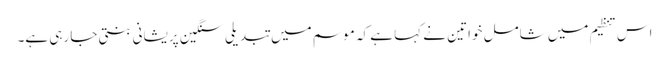
اس تنظیم میں شامل خواتین نے کہا ہے کہ موسم میں تبدیلی سنگین پریشانی بنتی جا رہی ہے۔